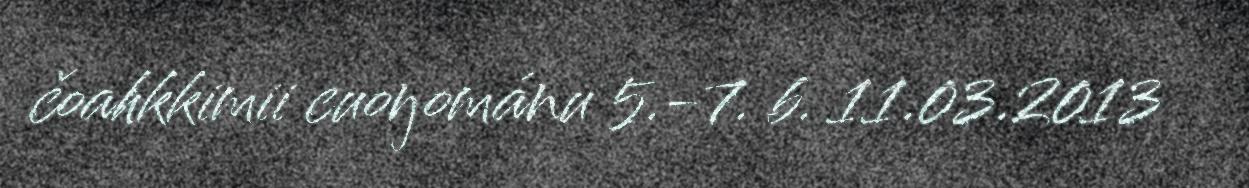
čoahkkimii cuoŋománu 5.-7. b. 11.03.2013